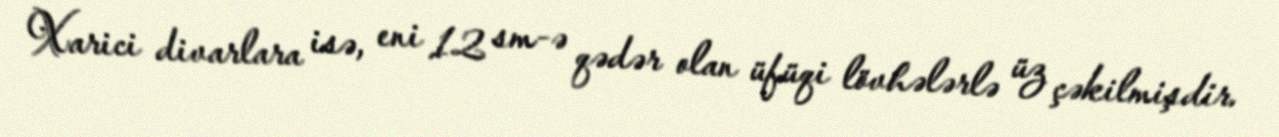
Xarici divarlara isə, eni 12 sm-ə qədər olan üfüqi lövhələrlə üz çəkilmişdir.